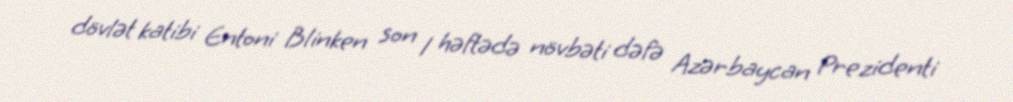
dövlət katibi Entoni Blinken son 1 həftədə növbəti dəfə Azərbaycan Prezidenti